Annual administration report of the Civil Veterinary Department of India - 1905-1906
Year: 1905
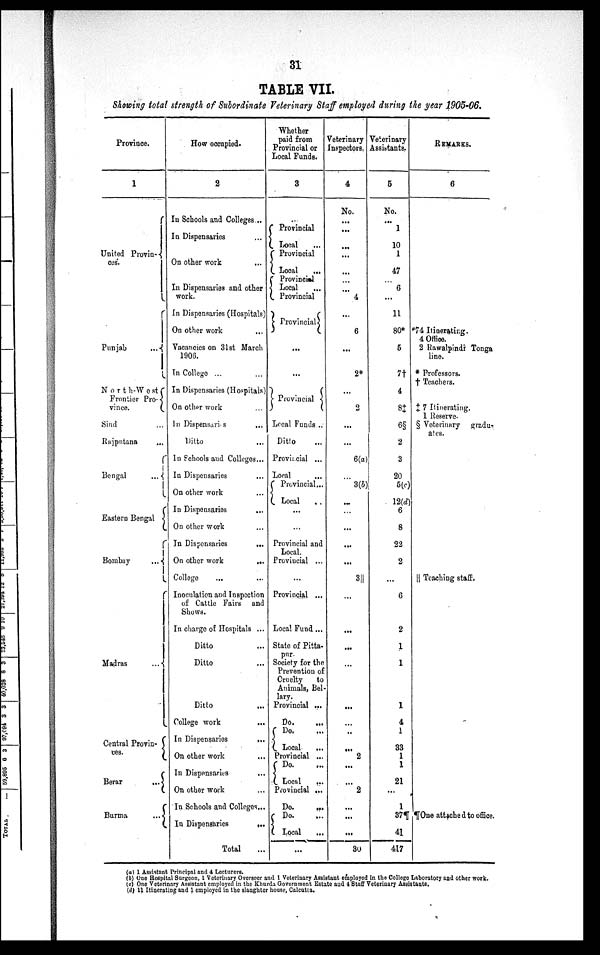
31
TABLE VII.
Showing total strength of Subordinate Veterinary Staff employed during the year 1905-06.
Province.
1
United Provin-
ces.
Punjab
...
North-West
Frontier Pro-
vince.
Sind ...
Rajpntana ...
Bengal
...
Eastern Bengal
Bombay
...
Madras
...
Central Provin¬
ces.
Berar
...
Burma
...
How occupied.
2
In Schools and Colleges...
In Dispensaries ...
On other work ...
In Dispensaries and other
work.
In Dispensaries (Hospitals)
On other work ...
Vacancies on 31st March
1900.
In College ... ...
In Dispensaries (Hospitals)
On other work ...
In Dispensari s ...
Ditto ...
In Schools and Colleges...
In Dispensaries ...
On other work ...
In Dispensaries ...
On other work ...
In Dispensaries
...
On other work
...
College ... ...
Inoculation and Inspection
of Cattle Fairs
and
Shows.
In charge of Hospitals ...
Ditto ...
Ditto ...
Ditto ...
College work
...
In Dispensaries
...
On other work ...
In Dispensaries ...
On other work ...
In Schools and Colleges...
In Dispensaries
..
Total
Whether
paid from
Provincial or
Local Funds.
3
Provincial
Local
Provincial
Local
...
Provincial
Local ...
Provincial
Provincial
...
...
Provincial
Local Funds ..
Ditto ...
Provincial ...
Loral ...
Provincial...
Local ...
...
...
Provincial and
Local.
Provincial ...
...
Provincial ...
Local Fund ...
State of Pitta-
pur.
Society for the
Prevention of
Cruelty
to
Animals, Bel-
lary.
Provincial ...
Do. ...
Do. ...
Local ...
Provincial ...
Do. ...
Local
Provincial ...
Do. ...
Do.
...
Local ...
...
Veterinary
Inspectors.
4
No.
...
...
...
...
...
...
...
4
...
6
...
2*
...
2
...
...
6(a)
...
3(b)
...
...
...
...
...
3
...
...
...
...
...
...
...
...
2
...
...
2
...
...
...
30
Veterinary
Assistants.
5
No.
...
1
10
1
47
6
...
11
80*
5
7†
4
8‡
6§
2
3
20
5(c)
12(d)
6
8
22
2
...
6
2
1
1
1
4
1
33
1
1
21
...
1
37¶
41
417
REMARKS.
6
"74 Itinerating.
4 Office.
2 Rawalpindi Tonga
line.
* Professors.
† Teachers.
‡ 7 Itinerating.
1 Reserve.
§ Veterinary
gradu-
ates.
|| Teaching staff.
¶ One attached to office.
(a) 1 Assistant Principal and 4 Lecturers.
(b) One Hospital Surgeon, 1 Veterinary Overseer and 1 Veterinary Assistant employed in the College Laboratory and other work.
(c) One Veterinary Assistant employed in the Khurda Government Estate and 4 Staff Veterinary Assistants.
(d) 11 Itinerating and 1 employed in the slaughter house, Calcutta.